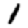
Digit: 1